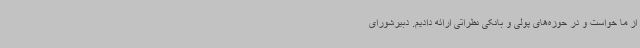
از ما خواست و در حوزه‌های پولی و بانکی نظراتی ارائه دادیم. دبیرشورای